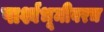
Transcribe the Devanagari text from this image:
पार्श्वभूमीवरच